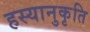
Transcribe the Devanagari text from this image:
हस्यानुकृति